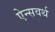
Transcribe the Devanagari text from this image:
ऐन्सवर्थ